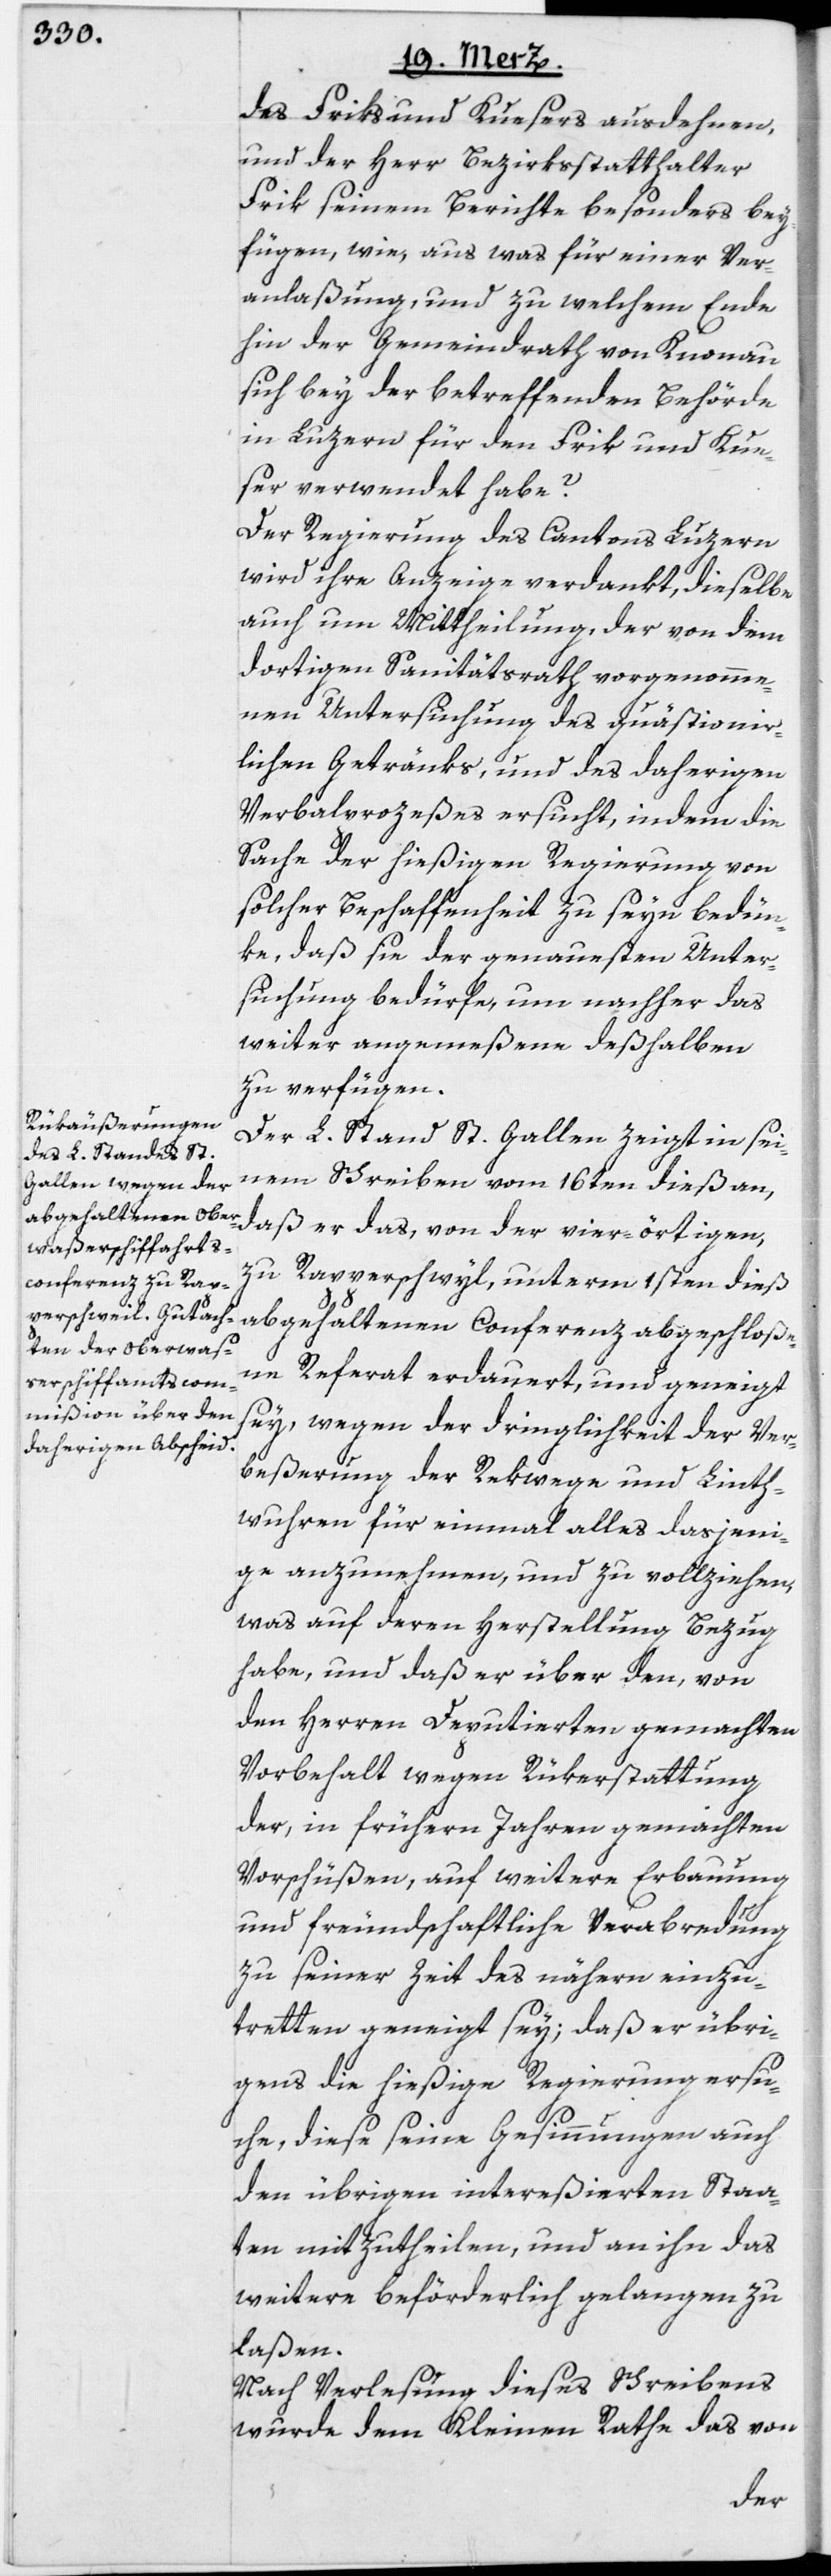
des Friks und Kuesers ausdehnen,
und der Herr Bezirksstatthalter
Frik seinem Berichte besonders bey¬
fügen, wie, aus was für einer Ver¬
anlaßung, und zu welchem Ende
hin der Gemeindrath von Knonau
sich bey der betreffenden Behörde
in Luzern für den Frik und Kue¬
ser verwendet habe?
Der Regierung des Cantons Luzern
wird ihre Anzeige verdankt, dieselbe
auch um Mittheilung, der von dem
dortigen Sanitätsrath vorgenomme¬
nen Untersuchung des quästionir¬
lichen Getränks, und des daherigen
Verbalprozeßes ersucht, indem die
Sache der hießigen Regierung von
solcher Beschaffenheit zu seyn bedün¬
ke, daß sie der genauesten Unter¬
suchung bedürfe, um nachher das
weiter angemeßene deßhalben
zu verfügen.
Der L. Stand St. Gallen zeigt in sei¬
nem Schreiben vom 16ten dieß an,
daß er das, von der vier-örtigen,
zu Rapperschwyl, unterm 1sten dieß
abgehaltenen Conferenz abgeschloße¬
ne Referat erdauert, und geneigt
sey, wegen der dringlichkeit [sic!] der
beßerung der Rekwege und Linth¬
wuren für einmal alles dasjeni¬
ge anzunehmen, und zu vollziehen,
was auf deren Herstellung Bezug
habe, und daß er über den, von
den Herren Deputierten gemachten
Vorbehalt wegen Rükerstattung
der, in frühern Jahren gemachten
Vorschüßen, auf weitere Erbauung
und freundschaftliche Verabredung
zu seiner Zeit des nähern einzu¬
tretten geneigt sey; daß er übri¬
gens die hießige Regierung ersu¬
che, diese seine Gesinnungen auch
den übrigen intereßierten Staa¬
ten mitzutheilen, und an ihn das
weitere beförderlich gelangen zu
laßen.
Nach Verlesung dieses Schreibens
wurde dem Kleinen Rathe das von
Ver¬